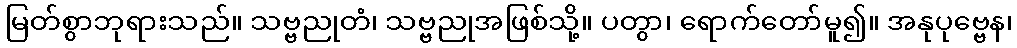
မြတ်စွာဘုရားသည်။ သဗ္ဗညုတံ၊ သဗ္ဗညုအဖြစ်သို့။ ပတွာ၊ ရောက်တော်မူ၍။ အနုပုဗ္ဗေန၊